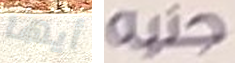
أيها جنيه